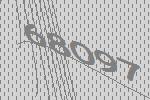
68097